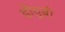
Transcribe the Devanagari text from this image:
डीयूबी